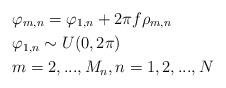
LaTeX: \begin{align*}&\varphi_{m,n} = \varphi_{1,n} + 2\pi f \rho_{m,n}\\& \varphi_{1,n} \sim U(0,2\pi)\\& m = 2, ..., M_n, n = 1, 2, ..., N\end{align*}